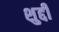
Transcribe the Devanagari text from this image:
शुद्दी